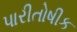
પારીતોષીક